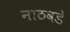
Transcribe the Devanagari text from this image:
नाठवडे